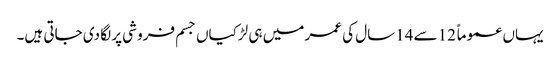
یہاں عموماً 12سے 14سال کی عمر میں ہی لڑکیاں جسم فروشی پر لگا دی جاتی ہیں۔